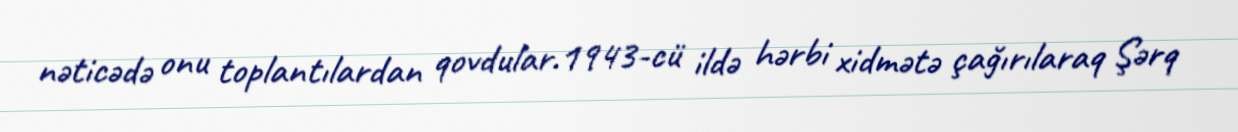
nəticədə onu toplantılardan qovdular.1943-cü ildə hərbi xidmətə çağırılaraq Şərq